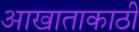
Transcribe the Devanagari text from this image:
आखाताकाठी